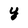
Character: y